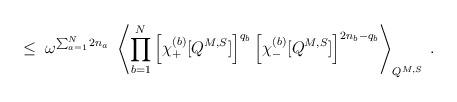
LaTeX: \begin{align*}\leq \;\omega^{\sum_{a=1}^N 2 n_a} \; \left\langle \prod_{b=1}^N\left[\chi^{(b)}_+ [ Q^{M,S} ] \right]^{q_b}\left[\chi^{(b)}_- [ Q^{M,S} ] \right]^{2n_b-q_b}\right\rangle_{Q^{M,S}} \; .\end{align*}